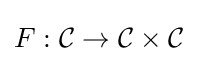
F:{\mathcal {C}}\rightarrow {\mathcal {C}}\times {\mathcal {C}}